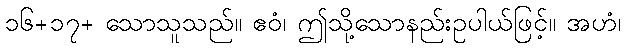
၁၆+၁၇+ သောသူသည်။ ဧဝံ၊ ဤသို့သောနည်းဥပါယ်ဖြင့်။ အဟံ၊